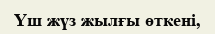
Үш жүз жылғы өткені,